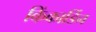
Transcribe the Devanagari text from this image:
किंकार्डिन